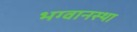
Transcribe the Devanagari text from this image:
भग्वानस्था